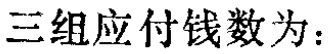
三组应付钱数为：